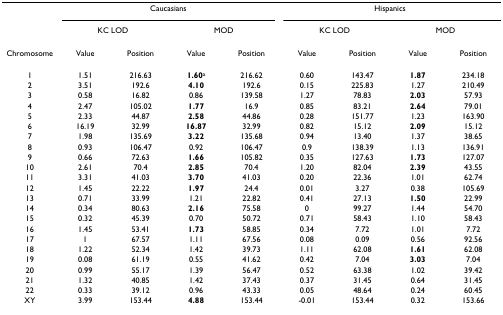
<table><thead><tr><td></td><td colspan="4"><b>Caucasians</b></td><td colspan="4"><b>Hispanics</b></td></tr><tr><td></td><td colspan="2"><b>KC LOD</b></td><td colspan="2"><b>MOD</b></td><td colspan="2"><b>KC LOD</b></td><td colspan="2"><b>MOD</b></td></tr><tr><td><b>Chromosome</b></td><td><b>Value</b></td><td><b>Position</b></td><td><b>Value</b></td><td><b>Position</b></td><td><b>Value</b></td><td><b>Position</b></td><td><b>Value</b></td><td><b>Position</b></td></tr></thead><tbody><tr><td>1</td><td>1.51</td><td>216.63</td><td><b>1.60</b><sup>a</sup></td><td>216.62</td><td>0.60</td><td>143.47</td><td><b>1.87</b></td><td>234.18</td></tr><tr><td>2</td><td>3.51</td><td>192.6</td><td><b>4.10</b></td><td>192.6</td><td>0.15</td><td>225.83</td><td>1.27</td><td>210.49</td></tr><tr><td>3</td><td>0.58</td><td>16.82</td><td>0.86</td><td>139.58</td><td>1.27</td><td>78.83</td><td><b>2.03</b></td><td>57.93</td></tr><tr><td>4</td><td>2.47</td><td>105.02</td><td><b>1.77</b></td><td>16.9</td><td>0.85</td><td>83.21</td><td><b>2.64</b></td><td>79.01</td></tr><tr><td>5</td><td>2.33</td><td>44.87</td><td><b>2.58</b></td><td>44.86</td><td>0.28</td><td>151.77</td><td>1.23</td><td>163.90</td></tr><tr><td>6</td><td>16.19</td><td>32.99</td><td><b>16.87</b></td><td>32.99</td><td>0.82</td><td>15.12</td><td><b>2.09</b></td><td>15.12</td></tr><tr><td>7</td><td>1.98</td><td>135.69</td><td><b>3.22</b></td><td>135.68</td><td>0.94</td><td>13.40</td><td>1.37</td><td>38.65</td></tr><tr><td>8</td><td>0.93</td><td>106.47</td><td>0.92</td><td>106.47</td><td>0.9</td><td>138.39</td><td>1.13</td><td>136.91</td></tr><tr><td>9</td><td>0.66</td><td>72.63</td><td><b>1.66</b></td><td>105.82</td><td>0.35</td><td>127.63</td><td><b>1.73</b></td><td>127.07</td></tr><tr><td>10</td><td>2.61</td><td>70.4</td><td><b>2.85</b></td><td>70.4</td><td>1.20</td><td>82.04</td><td><b>2.39</b></td><td>43.55</td></tr><tr><td>11</td><td>3.31</td><td>41.03</td><td><b>3.70</b></td><td>41.03</td><td>0.20</td><td>22.36</td><td>1.01</td><td>62.74</td></tr><tr><td>12</td><td>1.45</td><td>22.22</td><td><b>1.97</b></td><td>24.4</td><td>0.01</td><td>3.27</td><td>0.38</td><td>105.69</td></tr><tr><td>13</td><td>0.71</td><td>33.99</td><td>1.21</td><td>22.82</td><td>0.41</td><td>27.13</td><td><b>1.50</b></td><td>22.99</td></tr><tr><td>14</td><td>0.34</td><td>80.63</td><td><b>2.16</b></td><td>75.58</td><td>0</td><td>99.27</td><td>1.44</td><td>54.70</td></tr><tr><td>15</td><td>0.32</td><td>45.39</td><td>0.70</td><td>50.72</td><td>0.71</td><td>58.43</td><td>1.10</td><td>58.43</td></tr><tr><td>16</td><td>1.45</td><td>53.41</td><td><b>1.73</b></td><td>58.85</td><td>0.34</td><td>7.72</td><td>1.01</td><td>7.72</td></tr><tr><td>17</td><td>1</td><td>67.57</td><td>1.11</td><td>67.56</td><td>0.08</td><td>0.09</td><td>0.56</td><td>92.56</td></tr><tr><td>18</td><td>1.22</td><td>52.34</td><td>1.42</td><td>39.73</td><td>1.11</td><td>62.08</td><td><b>1.61</b></td><td>62.08</td></tr><tr><td>19</td><td>0.08</td><td>61.19</td><td>0.55</td><td>41.62</td><td>0.42</td><td>7.04</td><td><b>3.03</b></td><td>7.04</td></tr><tr><td>20</td><td>0.99</td><td>55.17</td><td>1.39</td><td>56.47</td><td>0.52</td><td>63.38</td><td>1.02</td><td>39.42</td></tr><tr><td>21</td><td>1.32</td><td>40.85</td><td>1.42</td><td>37.43</td><td>0.37</td><td>31.45</td><td>0.64</td><td>31.45</td></tr><tr><td>22</td><td>0.33</td><td>39.12</td><td>0.96</td><td>43.33</td><td>0.05</td><td>48.64</td><td>0.24</td><td>60.45</td></tr><tr><td>XY</td><td>3.99</td><td>153.44</td><td><b>4.88</b></td><td>153.44</td><td>-0.01</td><td>153.44</td><td>0.32</td><td>153.66</td></tr></tbody></table>